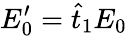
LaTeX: E_{0}^{\prime}=\hat{t}_{1}E_{0}